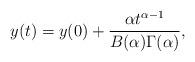
LaTeX: \begin{align*} y(t)=y(0)+ \frac{\alpha t^{\alpha-1}}{B(\alpha) \Gamma(\alpha)}, \end{align*}